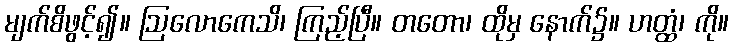
မျက်စိဖွင့်၍။ ဩလောကေသိ၊ ကြည့်ပြီ။ တတော၊ ထိုမှ နောက်၌။ ဟတ္ထံ၊ ကို။